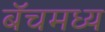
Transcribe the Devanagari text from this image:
बॅचमध्य